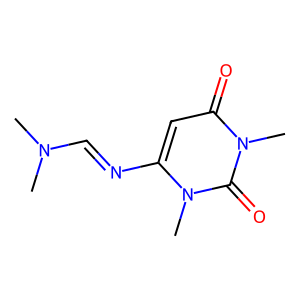
SMILES: CN(C)C=Nc1cc(=O)n(C)c(=O)n1C
Inhibits HIV replication: No